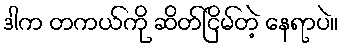
ဒါက တကယ်ကို ဆိတ်ငြိမ်တဲ့ နေရာပဲ။